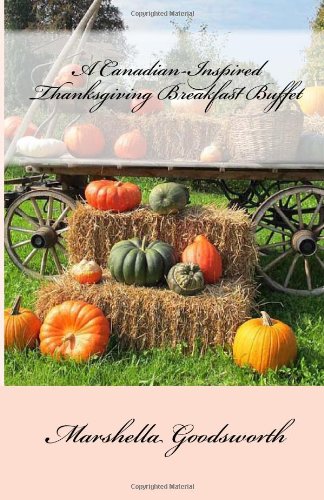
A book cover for A Canadian-Inspired Thanksgiving Breakfast Buffet; Marshella Goodsworth; Cookbooks, Food & Wine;